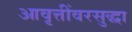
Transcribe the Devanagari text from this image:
आवृत्तींवरसुद्धा